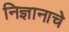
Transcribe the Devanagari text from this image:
निज्ञानाचे